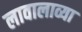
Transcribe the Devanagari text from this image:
लावालाव्या